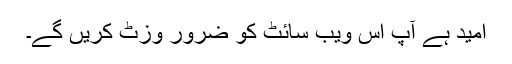
امید ہے آپ اس ویب سائٹ کو ضرور وزٹ کریں گے۔